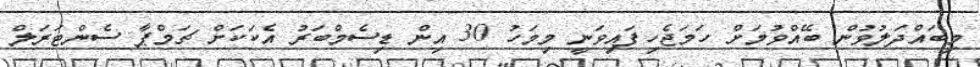
މިބައްދަލުވުން ބޭއްވުމަށް ހަމަޖެހިފައިވަނީ މިމަހު 30 އިން ޑިސެމްބަރު އެކަކަށް ޗަމްޕާ ސެންޓަރަލް